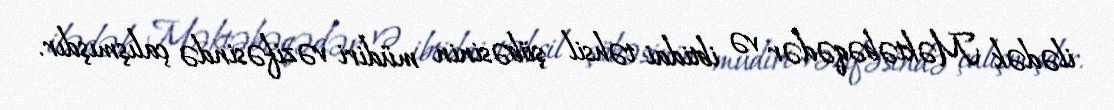
ilədək Məktəbəqədər və ibtidai təhsil şöbəsinin müdiri vəzifəsində çalışmışdır.